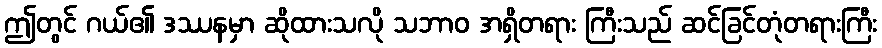
ဤတွင် ဂယ်၏ ဒဿနမှာ ဆိုထားသလို သဘာဝ အရှိတရား ကြီးသည် ဆင်ခြင်တုံတရားကြီး